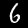
Digit: 6